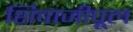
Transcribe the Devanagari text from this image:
शिवाजीपूल